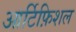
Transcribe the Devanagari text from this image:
आर्टिफ़िशल